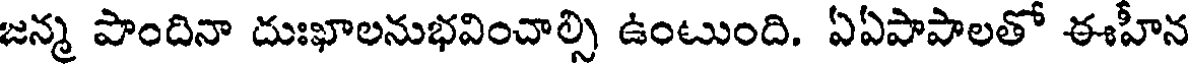
జన్మ పొందినా దుఃఖాలనుభవించాల్సి ఉంటుంది. ఏఏపాపాలతో ఈహీన